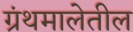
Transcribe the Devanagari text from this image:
ग्रंथमालेतील